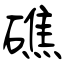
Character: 礁